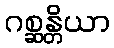
ဂစ္ဆန္တိယာ